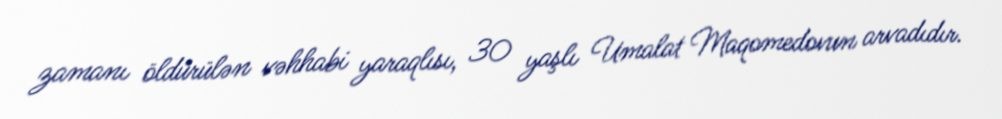
zamanı öldürülən vəhhabi yaraqlısı, 30 yaşlı Umalat Maqomedovun arvadıdır.